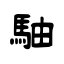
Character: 駎